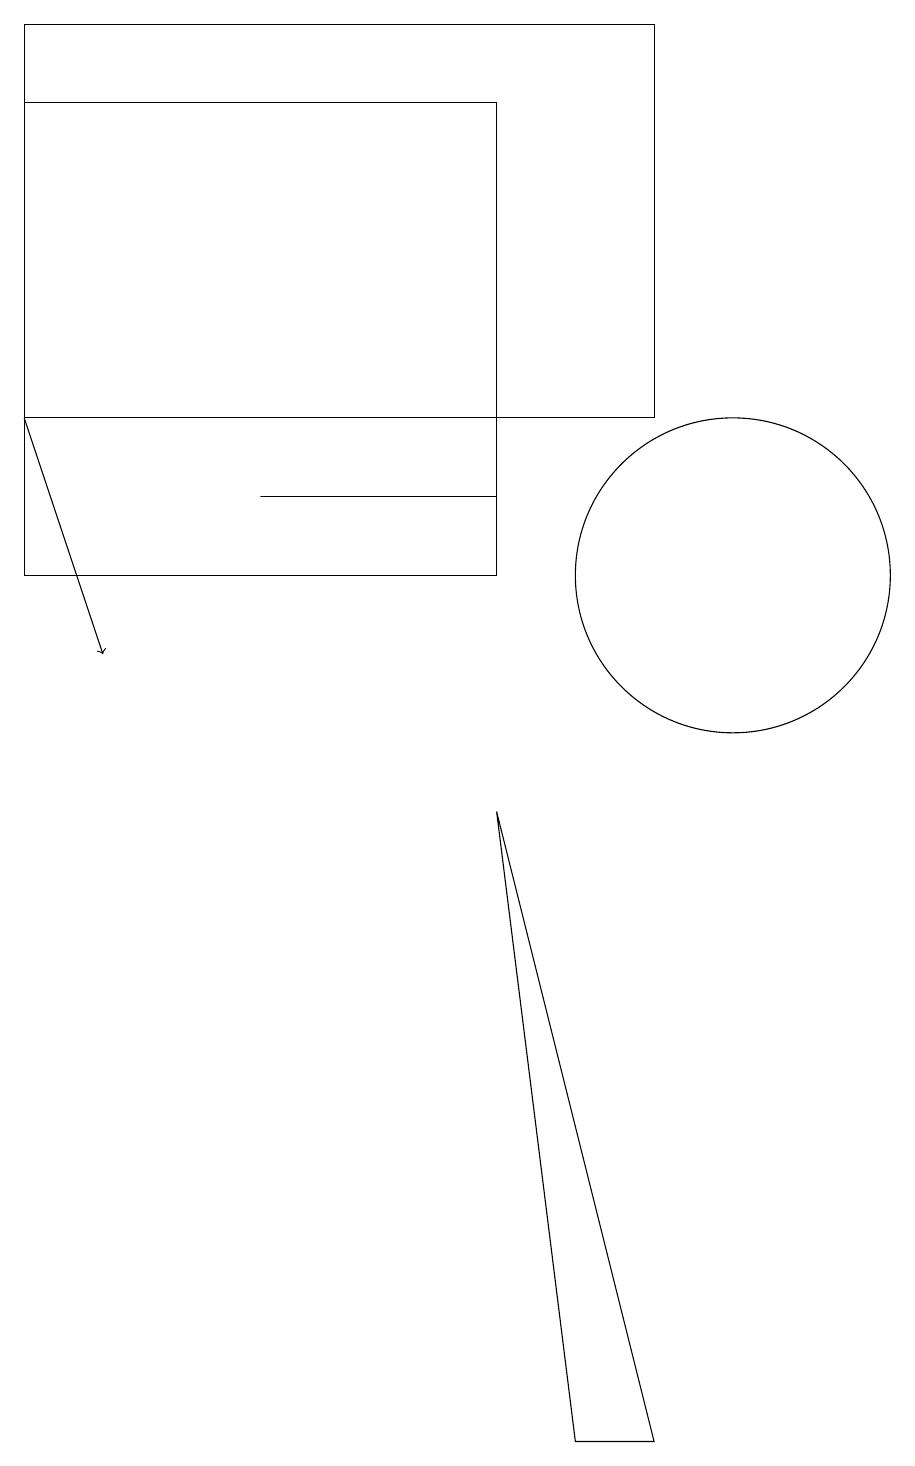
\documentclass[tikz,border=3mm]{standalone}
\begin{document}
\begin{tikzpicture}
\draw[->] (1,13) -- (2,10);
\draw (10,11) circle (2);
\draw (1,18) rectangle (9,13);
\draw (7,8) -- (8,0) -- (9,0) -- cycle;
\draw (7,11) rectangle (1,17);
\draw (4,12) rectangle (7,12);
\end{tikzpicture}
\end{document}